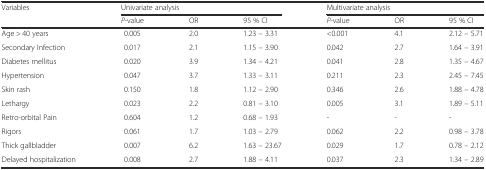
| <ROWSPAN=2> Variables | <COLSPAN=3> Univariate analysis | <COLSPAN=3> Multivariate analysis |
 | P-value | OR | 95 % CI | P-value | OR | 95 % CI |
 | --- | --- | --- | --- | --- | --- | --- |
 | Age > 40 years | 0.005 | 2.0 | 1.23 – 3.31 | <0.001 | 4.1 | 2.12 – 5.71 |
 | Secondary Infection | 0.017 | 2.1 | 1.15 – 3.90 | 0.042 | 2.7 | 1.64 – 3.91 |
 | Diabetes mellitus | 0.020 | 3.9 | 1.34 – 4.21 | 0.041 | 2.8 | 1.35 – 4.67 |
 | Hypertension | 0.047 | 3.7 | 1.33 – 3.11 | 0.211 | 2.3 | 2.45 – 7.45 |
 | Skin rash | 0.150 | 1.8 | 1.12 – 2.90 | 0.346 | 2.6 | 1.88 – 4.78 |
 | Lethargy | 0.023 | 2.2 | 0.81 – 3.10 | 0.005 | 3.1 | 1.89 – 5.11 |
 | Retro-orbital Pain | 0.604 | 1.2 | 0.68 – 1.93 | - | - | - |
 | Rigors | 0.061 | 1.7 | 1.03 – 2.79 | 0.062 | 2.2 | 0.98 – 3.78 |
 | Thick gallbladder | 0.007 | 6.2 | 1.63 – 23.67 | 0.029 | 1.7 | 0.78 – 2.12 |
 | Delayed hospitalization | 0.008 | 2.7 | 1.88 – 4.11 | 0.037 | 2.3 | 1.34 – 2.89 |